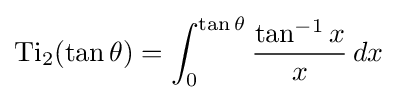
\operatorname {Ti} _{2}(\tan \theta )=\int _{0}^{\tan \theta }{\frac {\tan ^{-1}x}{x}}\,dx